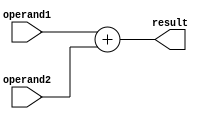
module fixed_point_adder (
    input [N-1:0] operand1,
    input [N-1:0] operand2,
    output reg [N-1:0] result
);

parameter N = 16; // Number of bits for fixed-point numbers
parameter F = 8; // Number of fractional bits

always @(operand1, operand2)
begin
    result = operand1 + operand2;
end

endmodule